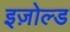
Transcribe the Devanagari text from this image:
इज़ोल्ड